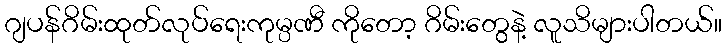
ဂျပန်ဂိမ်းထုတ်လုပ်ရေးကုမ္ပဏီ ကိုတော့ ဂိမ်းတွေနဲ့ လူသိများပါတယ်။